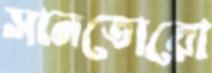
সানতোরো